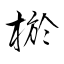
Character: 棜